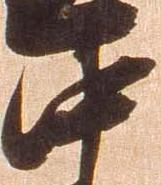
中